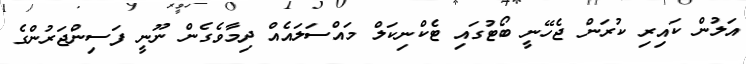
އަލުން ކައިރި ކުރަން ޖެހޭނީ ބޯޓުގައި ޓެކްނިކަލް މައްސަލައެއް ދިމާވެގެން ނޫނީ ފަސިންޖަރުންގެ